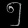
Digit: ၅